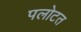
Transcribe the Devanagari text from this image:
पलोटत